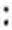
: